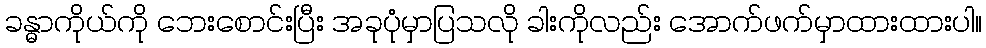
ခန္ဓာကိုယ်ကို ဘေးစောင်းပြီး အခုပုံမှာပြသလို ခါးကိုလည်း အောက်ဖက်မှာထားထားပါ။